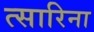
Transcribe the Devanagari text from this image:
त्सारिना